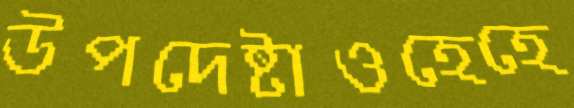
উপদেষ্টাওহেহে